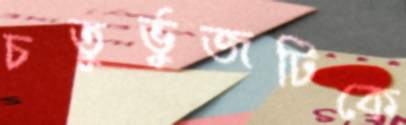
চতুর্ভুজটিকে